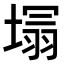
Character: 𭏕